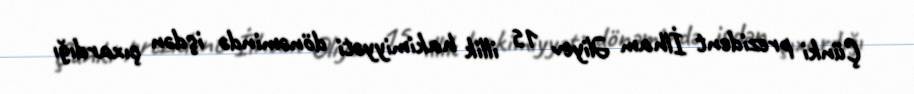
Çünki prezident İlham Əliyev 15 illik hakimiyyəti dönəmində işdən çıxardığı